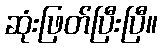
ဆုံးဖြတ်ပြီးပြီ။